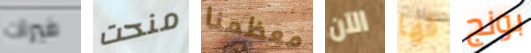
فيرات منحت معظمنا الآن فها بونج